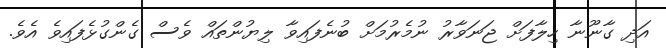
އަދި ގާނޫނާ ހިލާފަށް ޖަނަވާރު ނުމެރުމަށް ބުނެފައިވާ ލިޔުންތައް ވެސް ގެންގުޅެފައިވެ އެވެ.